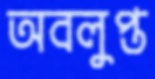
অবলুপ্ত